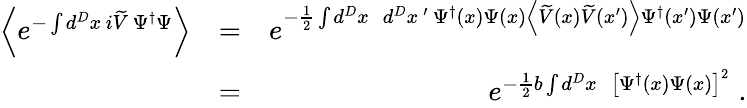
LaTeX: \begin{array}{rlr}{\left\langle e^{-\int d^{D}x\, i\widetilde{V}\, \Psi^{\dagger}\Psi}\right\rangle}&{=}&{e^{-\frac{1}{2}\int d^{D}x\, \, \, d^{D}x\, ^{\prime}\, \Psi^{\dagger}\left(x\right)\Psi\left(x\right)\left\langle\widetilde{V}\left(x\right)\widetilde{V}\left(x^{\prime}\right)\right\rangle\Psi^{\dagger}\left(x^{\prime}\right)\Psi\left(x^{\prime}\right)}}\\ &{=}&{e^{-\frac{1}{2}b\int d^{D}x\, \, \, \left[\Psi^{\dagger}\left(x\right)\Psi\left(x\right)\right]^{2}}\; .}\end{array}